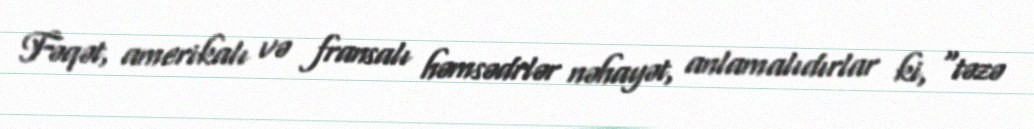
Fəqət, amerikalı və fransalı həmsədrlər nəhayət, anlamalıdırlar ki, “təzə